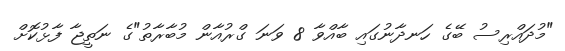
"މުދައްރިސު ބޭގެ ހަނދާނުގައި ބާއްވާ 8 ވަނަ ގްރުއާން މުބާރާތު"ގެ ނަތީޖާ ފާޅުކޮށް